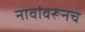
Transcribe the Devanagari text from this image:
नावांवरूनच